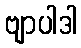
ဗျာပါဒါ